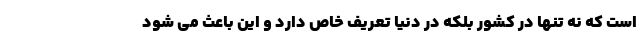
است که نه تنها در کشور بلکه در دنیا تعریف خاص دارد و این باعث می شود